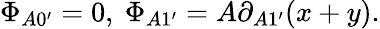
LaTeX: \Phi_{A0^{\prime}}=0,\ \Phi_{A1^{\prime}}=A\partial_{A1^{\prime}}(x+y).